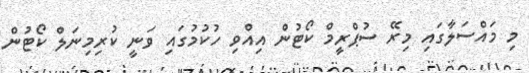
މި މައްސަލާގައި މިރޭ ސުޕްރީމް ކޯޓުން އިއްވި ހުކުމުގައި ވަނީ ކުރިމިނަލް ކޯޓުން